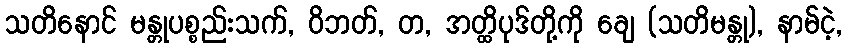
သတိနောင် မန္တုပစ္စည်းသက်, ဝိဘတ်, တ, အတ္ထိပုဒ်တို့ကို ချေ (သတိမန္တု), နာမ်ငဲ့,